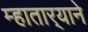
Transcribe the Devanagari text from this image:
म्हातार्‍याने